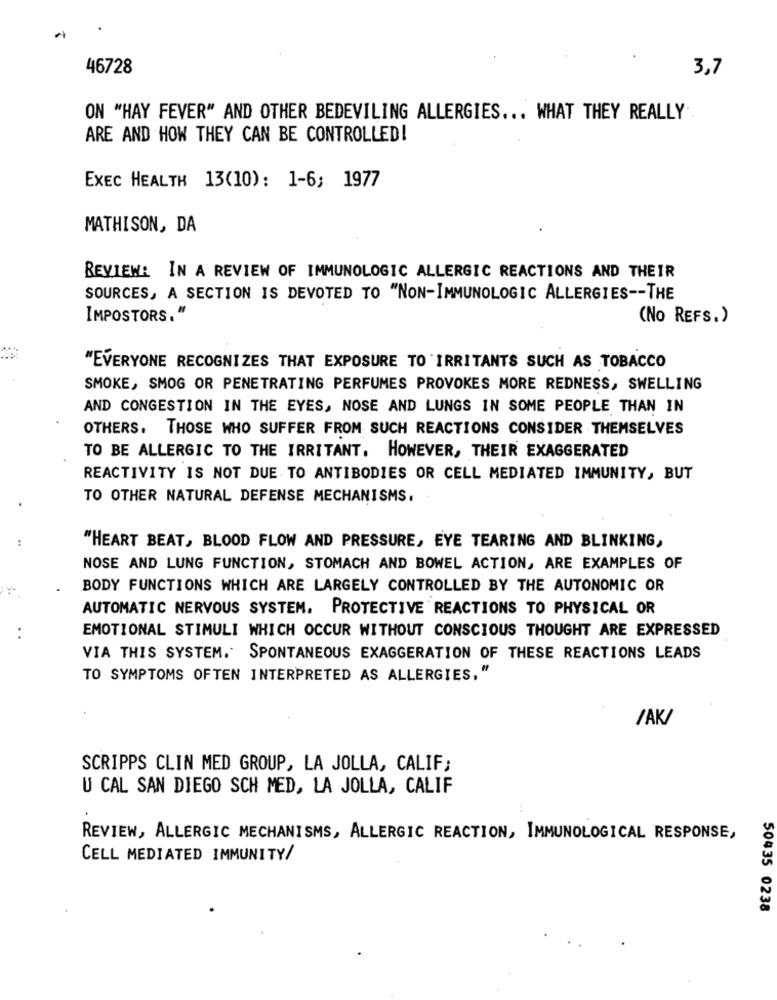
46728
3,7
ON "HAY FEVER" AND OTHER BEDEVILING ALLERGIES ... WHAT THEY REALLY ..
ARE AND HOW THEY CAN BE CONTROLLED!
EXEC HEALTH 13(10): 1-6; 1977
MATHISON, DA
REVIEW: IN A REVIEW OF IMMUNOLOGIC ALLERGIC REACTIONS AND THEIR
SOURCES, A SECTION IS DEVOTED TO "NON-IMMUNOLOGIC ALLERGIES -- THE
IMPOSTORS."
(No REFS.)
"EVERYONE RECOGNIZES THAT EXPOSURE TO IRRITANTS SUCH AS TOBACCO
SMOKE, SMOG OR PENETRATING PERFUMES PROVOKES MORE REDNESS, SWELLING
AND CONGESTION IN THE EYES, NOSE AND LUNGS IN SOME PEOPLE THAN IN
OTHERS. THOSE WHO SUFFER FROM SUCH REACTIONS CONSIDER THEMSELVES
TO BE ALLERGIC TO THE IRRITANT. HOWEVER, THEIR EXAGGERATED
REACTIVITY IS NOT DUE TO ANTIBODIES OR CELL MEDIATED IMMUNITY, BUT
TO OTHER NATURAL DEFENSE MECHANISMS.
"HEART BEAT, BLOOD FLOW AND PRESSURE, EYE TEARING AND BLINKING,
NOSE AND LUNG FUNCTION, STOMACH AND BOWEL ACTION, ARE EXAMPLES OF
BODY FUNCTIONS WHICH ARE LARGELY CONTROLLED BY THE AUTONOMIC OR
AUTOMATIC NERVOUS SYSTEM. PROTECTIVE REACTIONS TO PHYSICAL OR
EMOTIONAL STIMULI WHICH OCCUR WITHOUT CONSCIOUS THOUGHT ARE EXPRESSED
VIA THIS SYSTEM. SPONTANEOUS EXAGGERATION OF THESE REACTIONS LEADS
TO SYMPTOMS OFTEN INTERPRETED AS ALLERGIES,"
/AK/
SCRIPPS CLIN MED GROUP, LA JOLLA, CALIF;
U CAL SAN DIEGO SCH MED, LA JOLLA, CALIF
REVIEW, ALLERGIC MECHANISMS, ALLERGIC REACTION, IMMUNOLOGICAL RESPONSE,
CELL MEDIATED IMMUNITY/
50435 0238